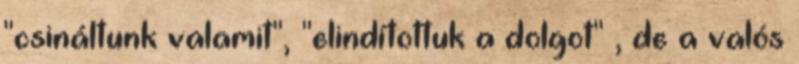
"csináltunk valamit", "elindítottuk a dolgot" , de a valós